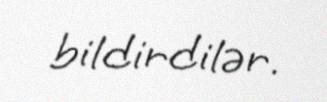
bildirdilər.